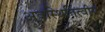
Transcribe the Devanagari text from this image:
अवस्थितित्वीय